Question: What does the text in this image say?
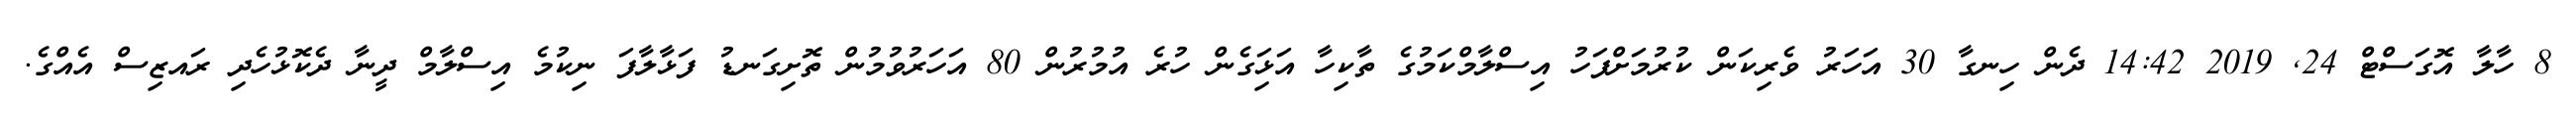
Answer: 8 ހާލާ އޮގަސްޓް 24, 2019 14:42 ދެން ހިނގާ 30 އަހަރު ވެރިކަން ކުރުމަށްފަހު އިސްލާމްކަމުގެ ތާކިހާ އަޅަިގެން ހުރެ އުމުރުން 80 އަހަރުވުމުން ތޮށިގަނޑު ފަޅާލާފަ ނިކުމެ އިސްލާމް ދީނާ ދެކޮޅުހެދި ރައޒިސް އެއްގެ.